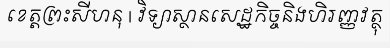
ខេត្តព្រះសីហនុ | វិទ្យាស្ថានសេដ្ឋកិច្ចនិងហិរញ្ញវត្ថុ